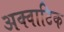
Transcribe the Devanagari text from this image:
अक्वाटिक